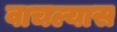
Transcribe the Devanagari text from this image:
वाचल्यास